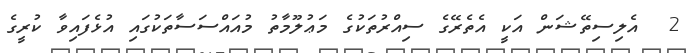
2  އެލިސިތޭޝަން އަކީ އެތެރޭގެ ސިއްރުތަކުގެ މަޢުލޫމާތު މުއައްސަސާތަކުގައި އުޅެފައިވާ ކުރީގެ